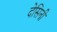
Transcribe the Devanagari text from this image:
देसिनी